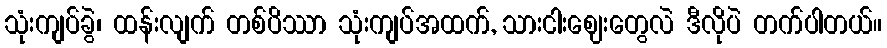
သုံးကျပ်ခွဲ၊ ထန်းလျက် တစ်ပိဿာ သုံးကျပ်အထက်, သားငါးဈေးတွေလဲ ဒီလိုပဲ တက်ပါတယ်။